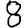
Digit: 8